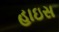
હાઇસ